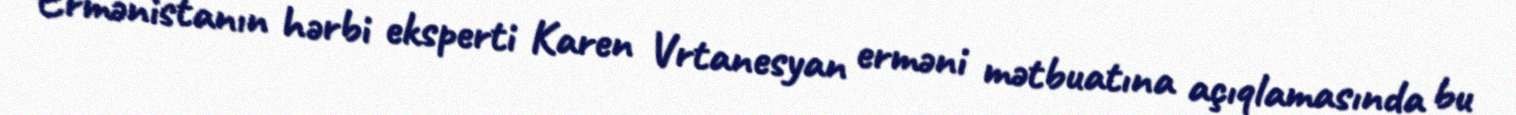
Ermənistanın hərbi eksperti Karen Vrtanesyan erməni mətbuatına açıqlamasında bu